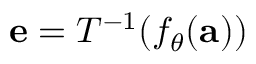
\mathbf { e } = T ^ { - 1 } ( f _ { \theta } ( \mathbf { a } ) )